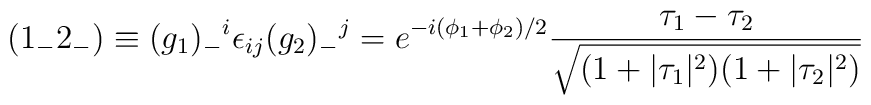
({1_-2_-}) \equiv (g_1)_-{}^i\epsilon_{ij} (g_2)_-{}^j = e^{-i{(\phi_1+\phi_2)/2}} \frac{\tau_1-\tau_2}{\sqrt{(1+|\tau_1|^2)(1+|\tau_2|^2)}}